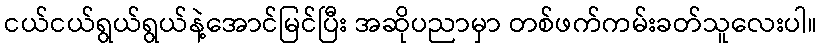
ငယ်ငယ်ရွယ်ရွယ်နဲ့အောင်မြင်ပြီး အဆိုပညာမှာ တစ်ဖက်ကမ်းခတ်သူလေးပါ။